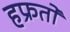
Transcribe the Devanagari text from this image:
हफ्रतों